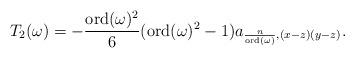
LaTeX: \begin{align*}T_2(\omega) = -\frac{\mathrm{ord}(\omega)^2}{6}(\mathrm{ord}(\omega)^2-1) a_{\frac{n}{\mathrm{ord}(\omega)}, (x-z)(y-z)}.\end{align*}